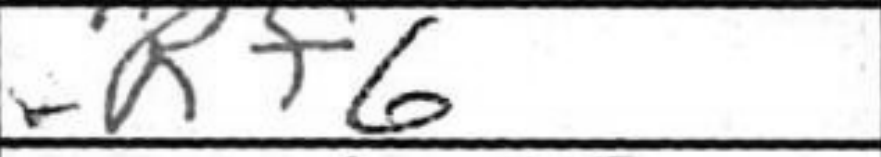
Transcription: Rf6